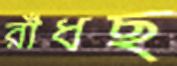
রাঁধছ